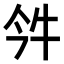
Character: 𤘨